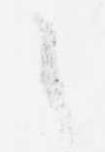
之